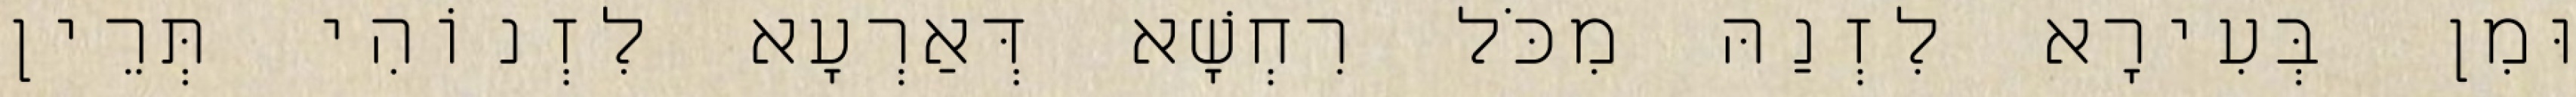
וּמִן בְּעִירָא לִזְנַהּ מִכֹּל רִחְשָׁא דְּאַרְעָא לִזְנוֹהִי תְּרֵין